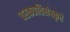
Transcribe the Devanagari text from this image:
चरकप्रतिसंस्कृते